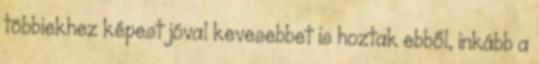
többiekhez képest jóval kevesebbet is hoztak ebből, inkább a